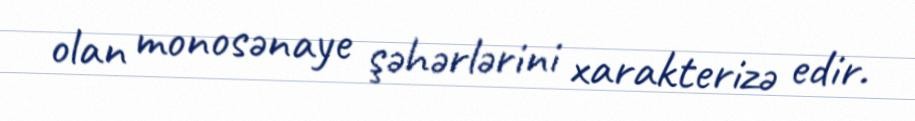
olan monosənaye şəhərlərini xarakterizə edir.